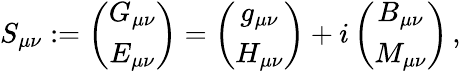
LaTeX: S_{\mu\nu}:=\left(\begin{array}{c}{{G_{\mu\nu}}}\\ {{E_{\mu\nu}}}\end{array}\right)=\left(\begin{array}{c}{{g_{\mu\nu}}}\\ {{H_{\mu\nu}}}\end{array}\right)+i\left(\begin{array}{c}{{B_{\mu\nu}}}\\ {{M_{\mu\nu}}}\end{array}\right)\, ,